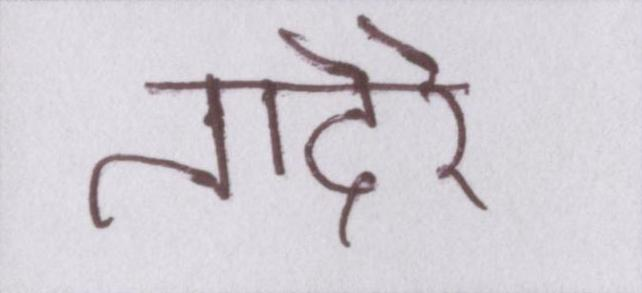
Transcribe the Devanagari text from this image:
तादेरे